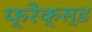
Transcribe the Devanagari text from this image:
फ्रेक्स्ड